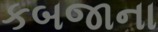
કબજાના